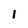
Character: 1